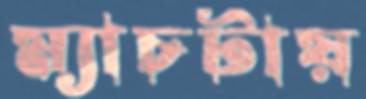
ম্যাচটায়